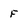
Character: F